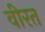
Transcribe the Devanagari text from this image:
वीरत